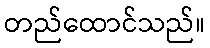
တည်ထောင်သည်။